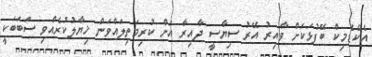
އެކެޑެމިކް ބޭފުޅަކަށް ވާއިރު އޭރު ސިޔާސީ ދާއިރާ އަށް ކުރިމަތިލައްވަން ޚިޔާލުކުރެއްވި ސަބަބަކީ